Report on sanitation, dispensaries, and jails in Rajputana for 1918, and on vaccination for the year 1918-1919 - 1918-1919
Year: 1918
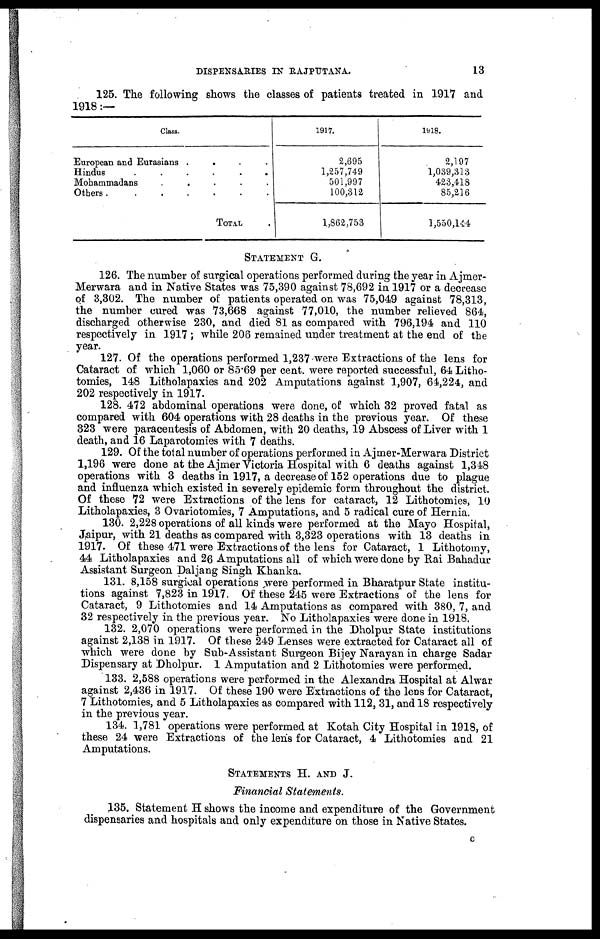
DISPENSARIES IN RAJPUTANA.
13
125. The following shows the classes of patients treated in 1917 and
1918:—
Class.
European and Eurasians
....
Hindus
....
.
Mohammadans
.....
Others.
......
TOTAL .
1917.
2,695
1,257,749
501,997
100,312
1,862,753
1918.
2,197
1,039,313
423,418
85,216
1,550,144
STATEMENT G.
126. The number of surgical operations performed during the year in Ajmer-
Merwara and in Native States was 75,390 against 78,692 in 1917 or a decrease
of 3,302. The number of patients operated on was 75,049 against 78,313,
the number cured was 73,668 against 77,010, the number relieved 864,
discharged otherwise 230, and died 81 as compared with 796,194 and 110
respectively in 1917 ; while 206 remained under treatment at the end of the
year.
127. Of the operations performed 1,237 were Extractions of the lens for
Cataract of which 1,060 or 85.69 per cent. were reported successful, 64 Litho-
tomies, 148 Litholapaxies and 202 Amputations against 1,907, 64,224, and
202 respectively in 1917.
128. 472 abdominal operations were done, of which 32 proved fatal as
compared with 604 operations with 28 deaths in the previous year. Of these
323 were paracentesis of Abdomen, with 20 deaths, 19 Abscess of Liver with 1
death, and 16 Laparotomies with 7 deaths.
129. Of the total number of operations performed in Ajmer-Merwara District
1,196 were done at the Ajmer Victoria Hospital with 6 deaths against 1,348
operations with 3 deaths in 1917, a decrease of 152 operations due to plague
and influenza which existed in severely epidemic form throughout the district.
Of these 72 were Extractions of the lens for cataract, 12 Lithotomies, 10
Litholapaxies, 3 Ovariotomies, 7 Amputations, and 5 radical cure of Hernia.
130. 2,228 operations of all kinds were performed at the Mayo Hospital,
Jaipur, with 21 deaths as compared with 3,323 operations with 13 deaths in
1917. Of these 471 were Extractions of the lens for Cataract, 1 Lithotomy,
44 Litholapaxies and 26 Amputations all of which were done by Rai Bahadur
Assistant Surgeon Daljang Singh Khanka.
131. 8,158 surgical operations were performed in Bharatpur State institu-
tions against 7,823 in 1917. Of these 245 were Extractions of the lens for
Cataract, 9 Lithotomies and 14 Amputations as compared with 380, 7, and
32 respectively in the previous year. No Litholapaxies were done in 1918.
132. 2,070 operations were performed in the Dholpur State institutions
against 2,138 in 1917. Of these 249 Lenses were extracted for Cataract all of
which were done by Sub-Assistant Surgeon Bijey Narayan in charge Sadar
Dispensary at Dholpur. 1 Amputation and 2 Lithotomies were performed.
133. 2,588 operations were performed in the Alexandra Hospital at Alwar
against 2,436 in 1917. Of these 190 were Extractions of the lens for Cataract,
7 Lithotomies, and 5 Litholapaxies as compared with 112, 31, and 18 respectively
in the previous year.
134. 1,781 operations were performed at Kotah City Hospital in 1918, of
these 24 were Extractions of the lens for Cataract, 4 Lithotomies and 21
Amputations.
STATEMENTS H. AND J.
Financial Statements.
135. Statement H shows the income and expenditure of the Government
dispensaries and hospitals and only expenditure on those in Native States.
c